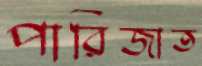
পারিজাত